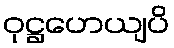
ဝုဋ္ဌဟေယျပိ